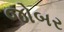
જોબર